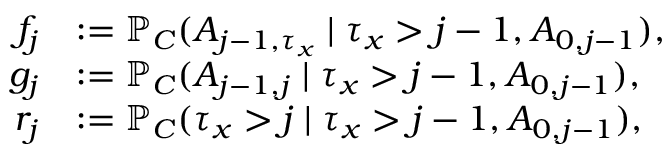
\begin{array} { r l } { f _ { j } } & { : = \mathbb { P } _ { C } ( A _ { j - 1 , \tau _ { x } } \mid \tau _ { x } > j - 1 , A _ { 0 , j - 1 } ) , } \\ { g _ { j } } & { : = \mathbb { P } _ { C } ( A _ { j - 1 , j } \mid \tau _ { x } > j - 1 , A _ { 0 , j - 1 } ) , } \\ { r _ { j } } & { : = \mathbb { P } _ { C } ( \tau _ { x } > j \mid \tau _ { x } > j - 1 , A _ { 0 , j - 1 } ) , } \end{array}